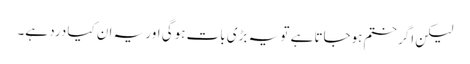
لیکن اگر ختم ہوجاتا ہے تو یہ بڑی بات ہوگی اور یہ ان کیا درد ہے۔